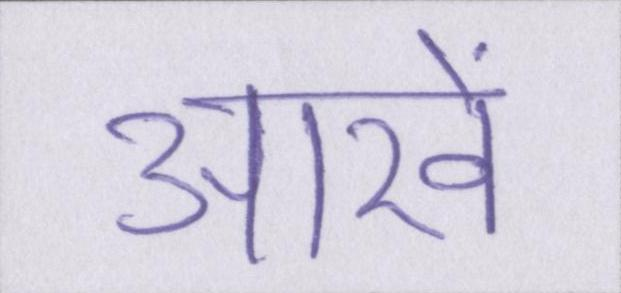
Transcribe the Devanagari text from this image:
आखें